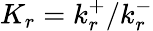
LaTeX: K_{r}=k_{r}^{+}/k_{r}^{-}